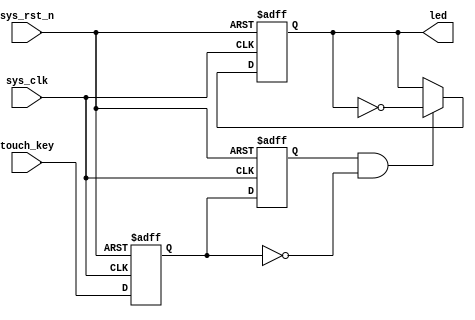
`timescale  1ns/1ns
////////////////////////////////////////////////////////////////////////
// Module Name   : touch_ctrl_led
// Project Name  : touch_ctrl_led
// Target Devices: Altera EP4CE10F17C8N
// Tool Versions : Quartus 13.0
// Description   : LED
//
// Revision      : V1.0
// Additional Comments:
// 
// : _Pro_FPGA
//     : http://www.embedfire.com
//     : http://www.firebbs.cn
//     : https://fire-stm32.taobao.com
////////////////////////////////////////////////////////////////////////

module  touch_ctrl_led
(
    input   wire    sys_clk     ,   //50MHz
    input   wire    sys_rst_n   ,   //
    input   wire    touch_key   ,   //

    output  reg     led             //led
);

//********************************************************************//
//****************** Parameter and Internal Signal *******************//
//********************************************************************//
//wire  define
wire    touch_en    ;   //

//reg   define
reg touch_key_dly1  ;   //touch_key
reg touch_key_dly2  ;   //touch_key

//********************************************************************//
//***************************** Main Code ****************************//
//********************************************************************//
//
assign  touch_en    =   touch_key_dly2  &  (~touch_key_dly1);

//touch_key
always@(posedge sys_clk or  negedge sys_rst_n)
    if(sys_rst_n == 1'b0)
        begin
            touch_key_dly1  <=  1'b0;
            touch_key_dly2  <=  1'b0;
        end
    else
        begin
            touch_key_dly1  <=  touch_key;
            touch_key_dly2  <=  touch_key_dly1;
        end

//led
always@(posedge sys_clk or  negedge sys_rst_n)
    if(sys_rst_n == 1'b0)
        led <=  1'b1;
    else    if(touch_en == 1'b1)
        led <=  ~led;

endmodule